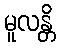
မူလန္တိ